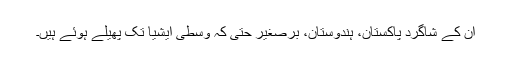
ان کے شاگرد پاکستان، ہندوستان، برصغیر حتی کہ وسطی ایشیا تک پھیلے ہوئے ہیں۔